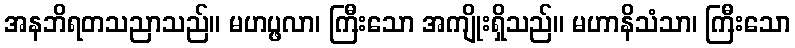
အနဘိရတသညာသည်။ မဟပ္ဖလာ၊ ကြီးသော အကျိုးရှိသည်။ မဟာနိသံသာ၊ ကြီးသော